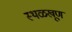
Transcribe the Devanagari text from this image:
स्थळखूण